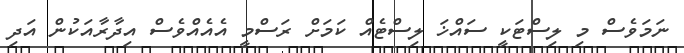
ނަމަވެސް މި ލިސްޓަކީ ސައްޚަ ލިސްޓެެއް ކަމަށް ރަސްމީ އެއެއްވެސް އިދާރާއަކުން އަދި